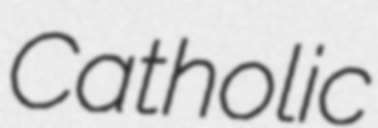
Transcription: Catholic